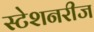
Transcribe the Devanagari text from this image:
स्टेशनरीज